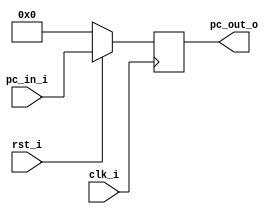
module ProgramCounter(
    clk_i,
	rst_i,
	pc_in_i,
	pc_out_o
	);
     
//I/O ports
input           clk_i;
input	        rst_i;
input  [32-1:0] pc_in_i;
output [32-1:0] pc_out_o;
 
//Internal Signals
reg    [32-1:0] pc_out_o;
 
//Parameter

    
//Main function
always @(posedge clk_i) begin
    if(~rst_i)
	    pc_out_o <= 0;
	else
	    pc_out_o <= pc_in_i;
end

endmodule